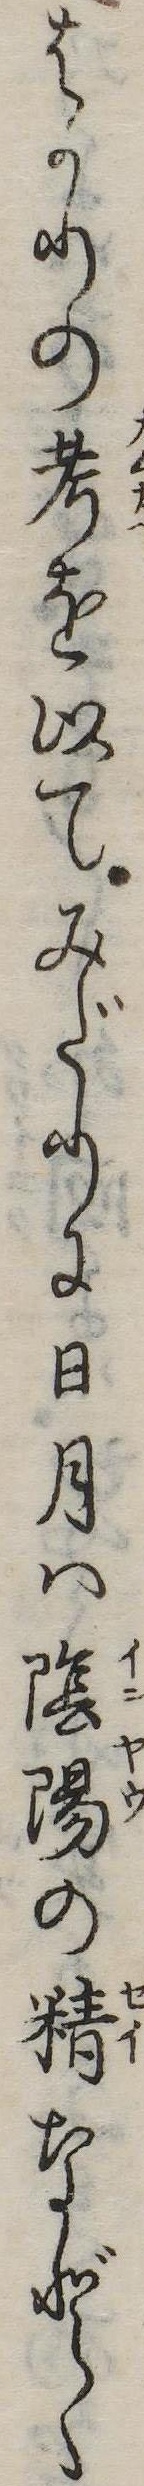
はかりの考を以てみだりに日月は陰陽の精などゝ